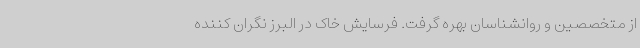
از متخصصین و روانشناسان بهره گرفت. فرسایش خاک در البرز نگران کننده